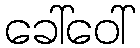
ခေါ်ဝေါ်